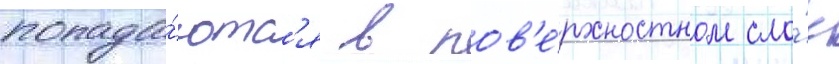
попада́ютс'я в пов'е́рхностном сло́е